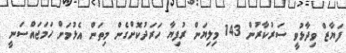
ފަޔާޒް ވިދާޅުވީ ސަރުކާރުން 143 މިލިޔަން ރުފިޔާ ހަރަދުކޮށްގެން މިތަން އެޅުމަށް ހަމަޖައްސަނީ